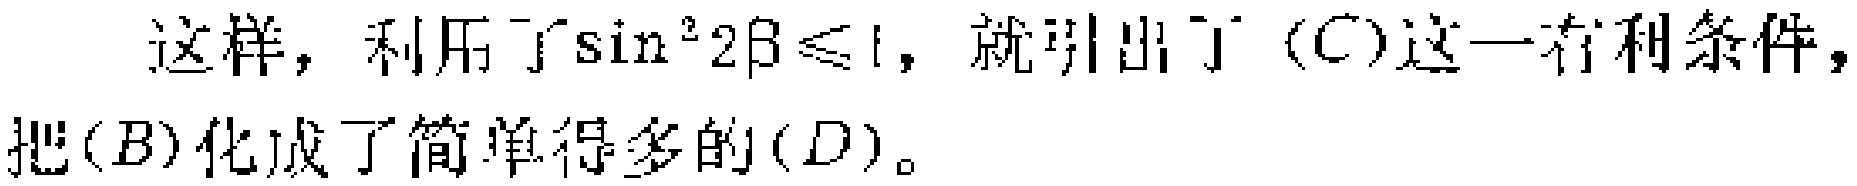
这样，利用了\(\sin^{2}2\beta\leqslant1\)，就引出了\((C)\)这一有利条件，把\((B)\)化成了简单得多的\((D)\)。